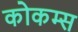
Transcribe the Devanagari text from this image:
कोकम्स